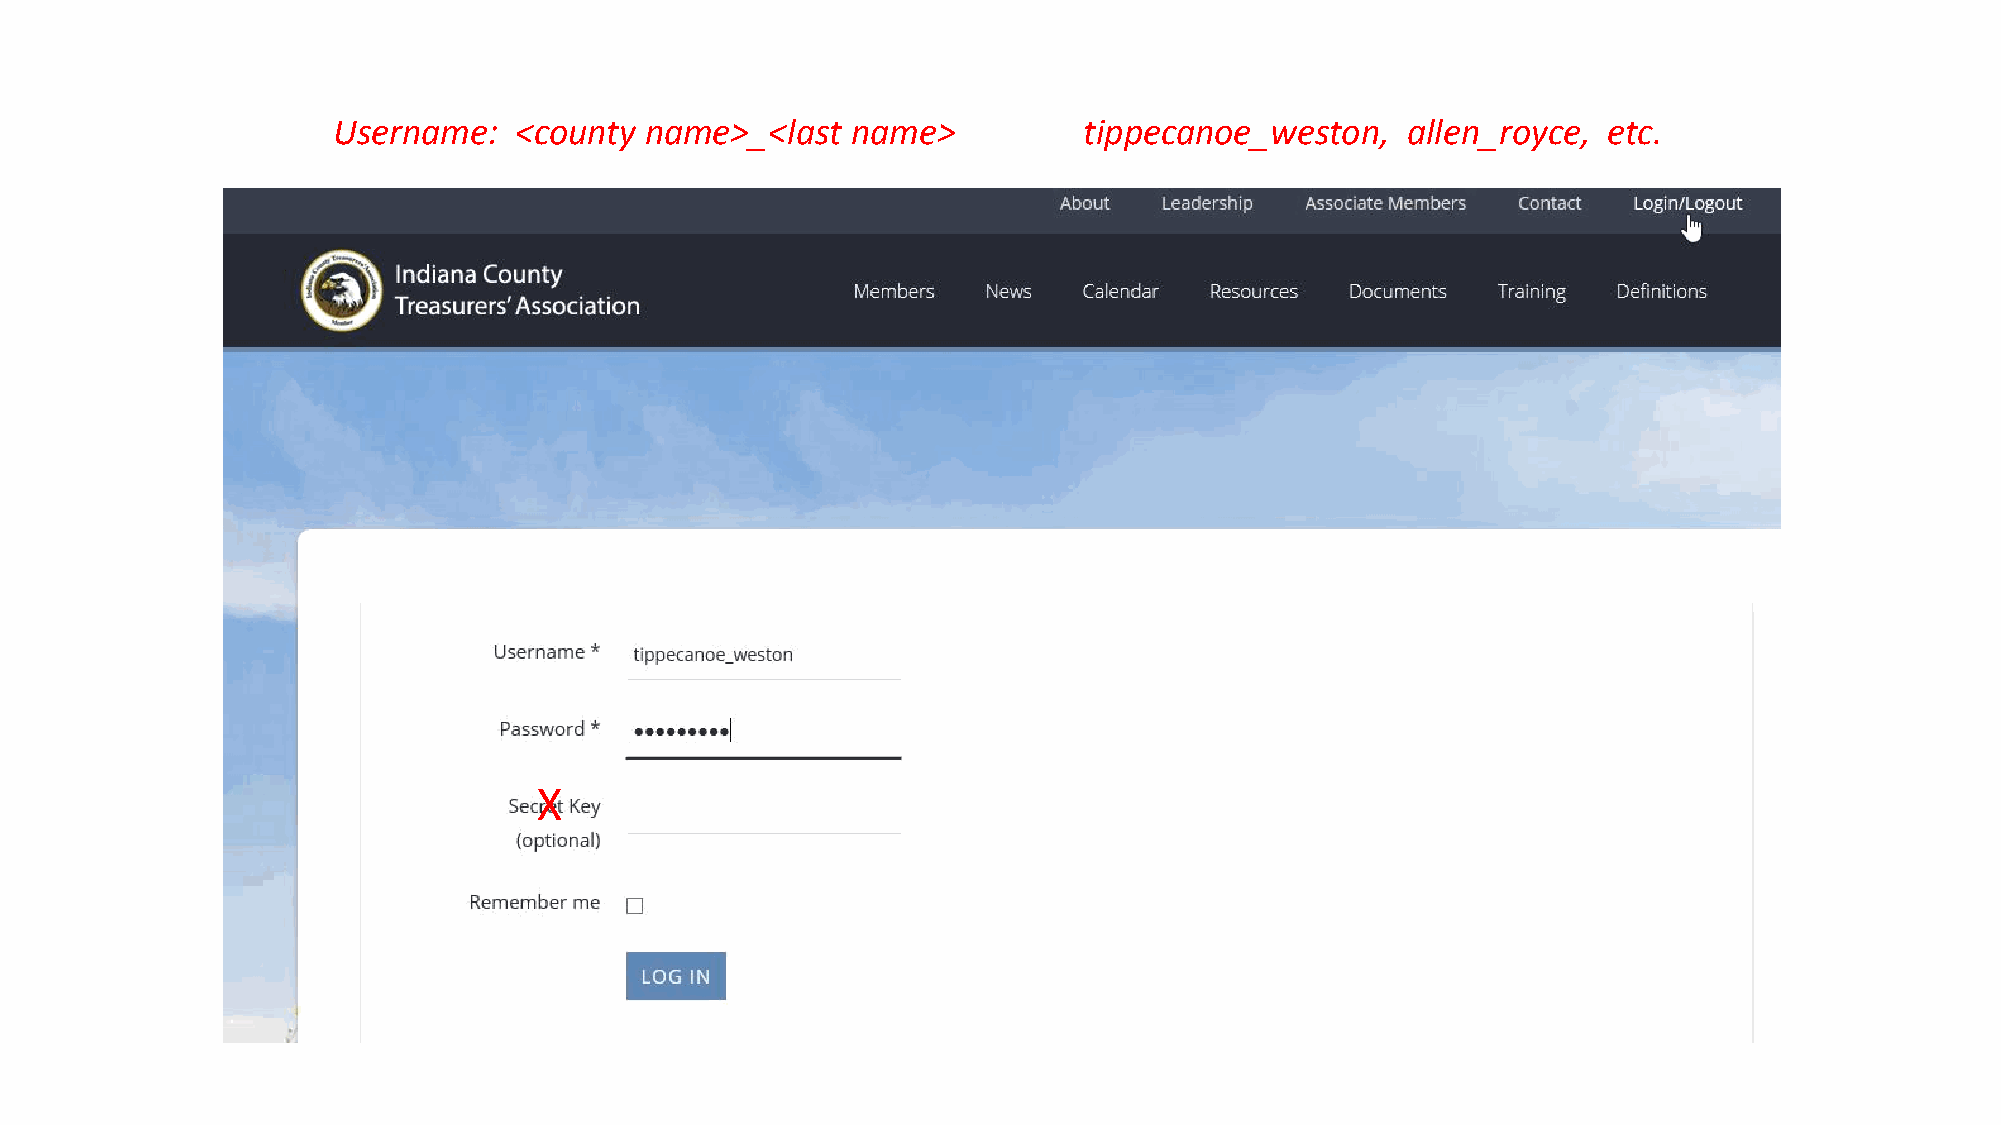
Username:   <county  name>_<last  name>           tippecanoe_weston,   allen_royce, etc.
 X